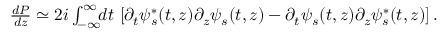
\begin{array} { r l r } & { } & { \! \! \! \! \! \! \! \! \! \! \frac { d { \cal P } } { d z } \simeq 2 i \int _ { - \infty } ^ { \infty } \! \! d t \, \left[ \partial _ { t } \psi _ { s } ^ { * } ( t , z ) \partial _ { z } \psi _ { s } ( t , z ) - \partial _ { t } \psi _ { s } ( t , z ) \partial _ { z } \psi _ { s } ^ { * } ( t , z ) \right] . } \end{array}